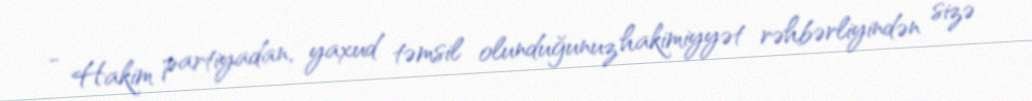
- Hakim partiyadan, yaxud təmsil olunduğunuz hakimiyyət rəhbərliyindən sizə